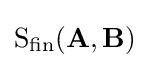
{\text{S}}_{\text{fin}}(\mathbf {A} ,\mathbf {B} )